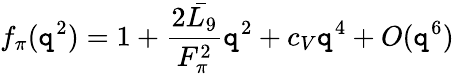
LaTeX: f_{\pi}(\mathtt{q}^{2})=1+{\frac{{2\bar{{L_{9}}}}}{{F_{\pi}^{2}}}}\mathtt{q}^{2}+c_{V}\mathtt{q}^{4}+O(\mathtt{q}^{6})